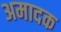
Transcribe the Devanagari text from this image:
अमादक